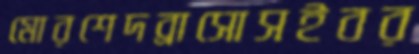
মোরশেদব্রাসোসইবর